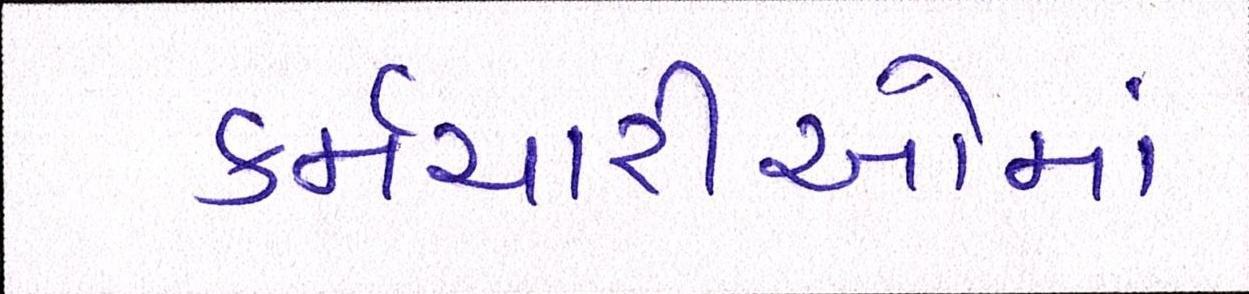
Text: કર્મચારીઓમાં